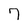
Character: 7